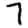
Digit: 7